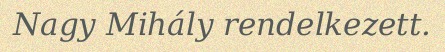
Nagy Mihály rendelkezett.